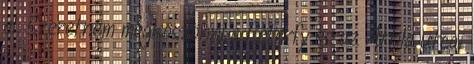
el. Szeretném megköszönni a Péterfy és az Attila utcai